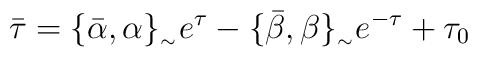
\bar{\tau }=\{\bar{\alpha },\alpha \}_{_{\sim }}e^{\tau }-\{\bar{\beta  },\beta \}_{_{\sim }}e^{-\tau} + \tau _{0}